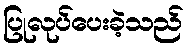
ပြုလုပ်ပေးခဲ့သည်